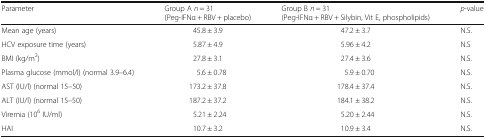
<table><thead><tr><td><b>Parameter</b></td><td><b>Group A <i>n</i> = 31(Peg-IFNα + RBV + placebo)</b></td><td><b>Group B <i>n</i> = 31(Peg-IFNα + RBV + Silybin, Vit E, phospholipids)</b></td><td><b><i>p</i>-value</b></td></tr></thead><tbody><tr><td>Mean age (years)</td><td>45.8 ± 3.9</td><td>47.2 ± 3.7</td><td>N.S.</td></tr><tr><td>HCV exposure time (years)</td><td>5.87 ± 4.9</td><td>5.96 ± 4.2</td><td>N.S</td></tr><tr><td>BMI (kg/m<sup>2</sup>)</td><td>27.8 ± 3.1</td><td>27.4 ± 3.6</td><td>N.S.</td></tr><tr><td>Plasma glucose (mmol/l) (normal 3.9–6.4)</td><td>5.6 ± 0.78</td><td>5.9 ± 0.70</td><td>N.S.</td></tr><tr><td>AST (IU/l) (normal 15–50)</td><td>173.2 ± 37.8</td><td>178.4 ± 37.4</td><td>N.S.</td></tr><tr><td>ALT (IU/l) (normal 15–50)</td><td>187.2 ± 37.2</td><td>184.1 ± 38.2</td><td>N.S.</td></tr><tr><td>Viremia (10<sup>6</sup> IU/ml)</td><td>5.21 ± 2.24</td><td>5.20 ± 2.44</td><td>N.S.</td></tr><tr><td>HAI</td><td>10.7 ± 3.2</td><td>10.9 ± 3.4</td><td>N.S.</td></tr></tbody></table>